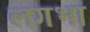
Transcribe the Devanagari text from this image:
लगभा